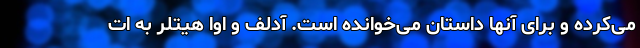
می‌کرده و برای آنها داستان می‌خوانده است. آدلف و اِوا هیتلر به ات